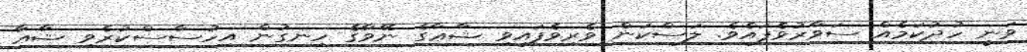
ވަނީ ހުދުކަމެއް ސަވާރުވެފައެވެ. ލަސްކަން ވެރިވެފައިވި ޝާޢާގެ ނޭވާގެ ހިނގުން އިހުސާސްކުރެވި ޝާޢާ